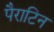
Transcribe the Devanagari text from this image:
पैराटिन